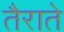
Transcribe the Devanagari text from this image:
तैराते